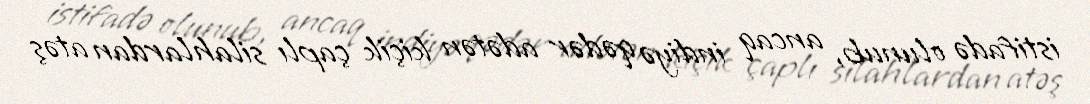
istifadə olunub, ancaq indiyə qədər adətən kiçik çaplı silahlardan atəş